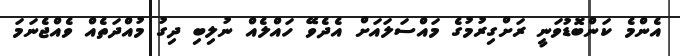
އެންމެ ކަންބޮޑުވަނީ ރަށްގިރުމުގެ މައްސަލައަށް އެދެވޭ ހައްލެއް ނުލިބި ދިގު މުއްދަތެއް ވެއްޖެނަމަ